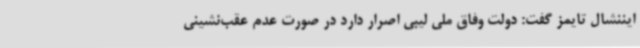
ایننشال تایمز گفت: دولت وفاق ملی لیبی اصرار دارد در صورت عدم عقب‌نشینی